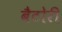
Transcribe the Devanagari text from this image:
बैटोरी